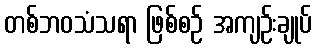
တစ်ဘဝသံသရာ ဖြစ်စဉ် အကျဉ်းချုပ်